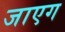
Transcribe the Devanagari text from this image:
जाएग